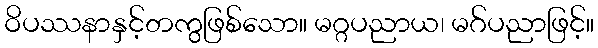
ဝိပဿနာနှင့်တကွဖြစ်သော။ မဂ္ဂပညာယ၊ မဂ်ပညာဖြင့်။